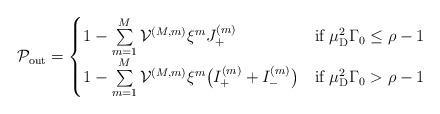
LaTeX: \begin{align*}\mathcal{P}_{\textrm{out}}=\begin{cases}1-\sum\limits_{m=1}^M \mathcal{V}^{(M,m)}\xi^m J_{+}^{(m)} &\textrm{if~}\mu_{\textrm{D}}^2\Gamma_0\leq \rho-1 \\1-\sum\limits_{m=1}^M\mathcal{V}^{(M,m)}\xi^m\big(I_+^{(m)}+I_-^{(m)}\big)&\textrm{if~}\mu_{\textrm{D}}^2\Gamma_0>\rho-1 \end{cases}\end{align*}